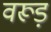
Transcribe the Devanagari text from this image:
वरूड़